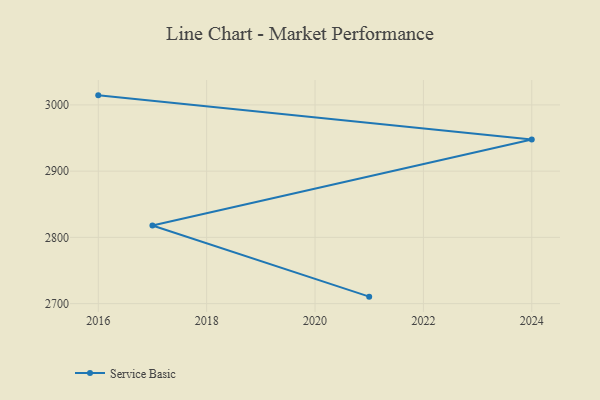
{"axis": {"x": "Year", "y": "Gross Profit (USD K)"}, "legend": ["Service Basic"], "data": [{"x": "2016", "y": 3014.4, "type": "Service Basic"}, {"x": "2024", "y": 2947.6, "type": "Service Basic"}, {"x": "2017", "y": 2818.0, "type": "Service Basic"}, {"x": "2021", "y": 2710.5, "type": "Service Basic"}]}